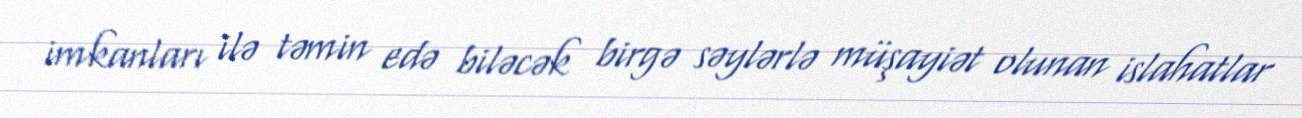
imkanları ilə təmin edə biləcək birgə səylərlə müşayiət olunan islahatlar